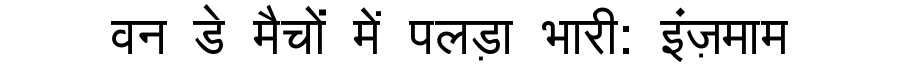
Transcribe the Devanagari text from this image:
वन डे मैचों में पलड़ा भारी: इंज़माम